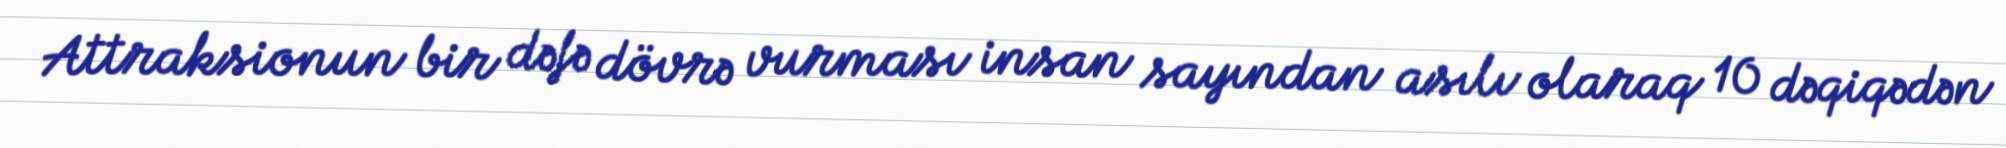
Attraksionun bir dəfə dövrə vurması insan sayından asılı olaraq 10 dəqiqədən